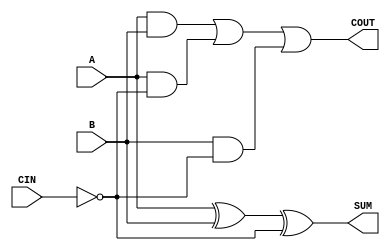
/*
 * Copyright 2020 The SkyWater PDK Authors
 *
 * Licensed under the Apache License, Version 2.0 (the "License");
 * you may not use this file except in compliance with the License.
 * You may obtain a copy of the License at
 *
 *     https://www.apache.org/licenses/LICENSE-2.0
 *
 * Unless required by applicable law or agreed to in writing, software
 * distributed under the License is distributed on an "AS IS" BASIS,
 * WITHOUT WARRANTIES OR CONDITIONS OF ANY KIND, either express or implied.
 * See the License for the specific language governing permissions and
 * limitations under the License.
 *
 * SPDX-License-Identifier: Apache-2.0
*/


`ifndef SKY130_FD_SC_HD__FAHCIN_BEHAVIORAL_V
`define SKY130_FD_SC_HD__FAHCIN_BEHAVIORAL_V

/**
 * fahcin: Full adder, inverted carry in.
 *
 * Verilog simulation functional model.
 */

`timescale 1ns / 1ps
`default_nettype none

`celldefine
module sky130_fd_sc_hd__fahcin (
    COUT,
    SUM ,
    A   ,
    B   ,
    CIN
);

    // Module ports
    output COUT;
    output SUM ;
    input  A   ;
    input  B   ;
    input  CIN ;

    // Module supplies
    supply1 VPWR;
    supply0 VGND;
    supply1 VPB ;
    supply0 VNB ;

    // Local signals
    wire ci          ;
    wire xor0_out_SUM;
    wire a_b         ;
    wire a_ci        ;
    wire b_ci        ;
    wire or0_out_COUT;

    //  Name  Output        Other arguments
    not not0 (ci          , CIN            );
    xor xor0 (xor0_out_SUM, A, B, ci       );
    buf buf0 (SUM         , xor0_out_SUM   );
    and and0 (a_b         , A, B           );
    and and1 (a_ci        , A, ci          );
    and and2 (b_ci        , B, ci          );
    or  or0  (or0_out_COUT, a_b, a_ci, b_ci);
    buf buf1 (COUT        , or0_out_COUT   );

endmodule
`endcelldefine

`default_nettype wire
`endif  // SKY130_FD_SC_HD__FAHCIN_BEHAVIORAL_V